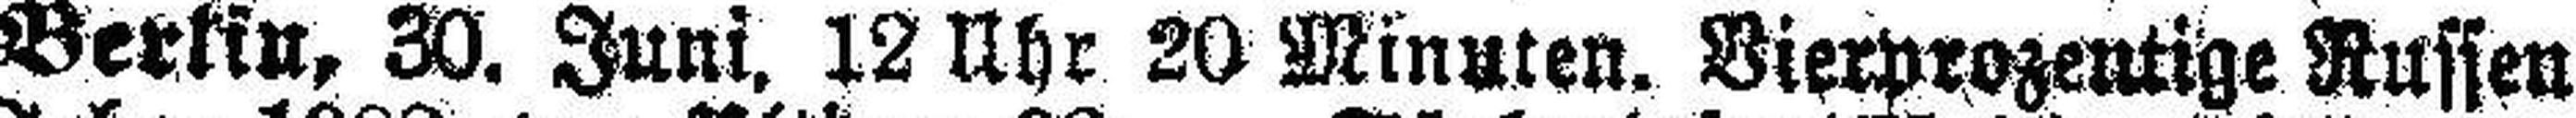
Berlin, 30. Juni. 12 Uhr 20 Minuten. Vierprozentige Russen